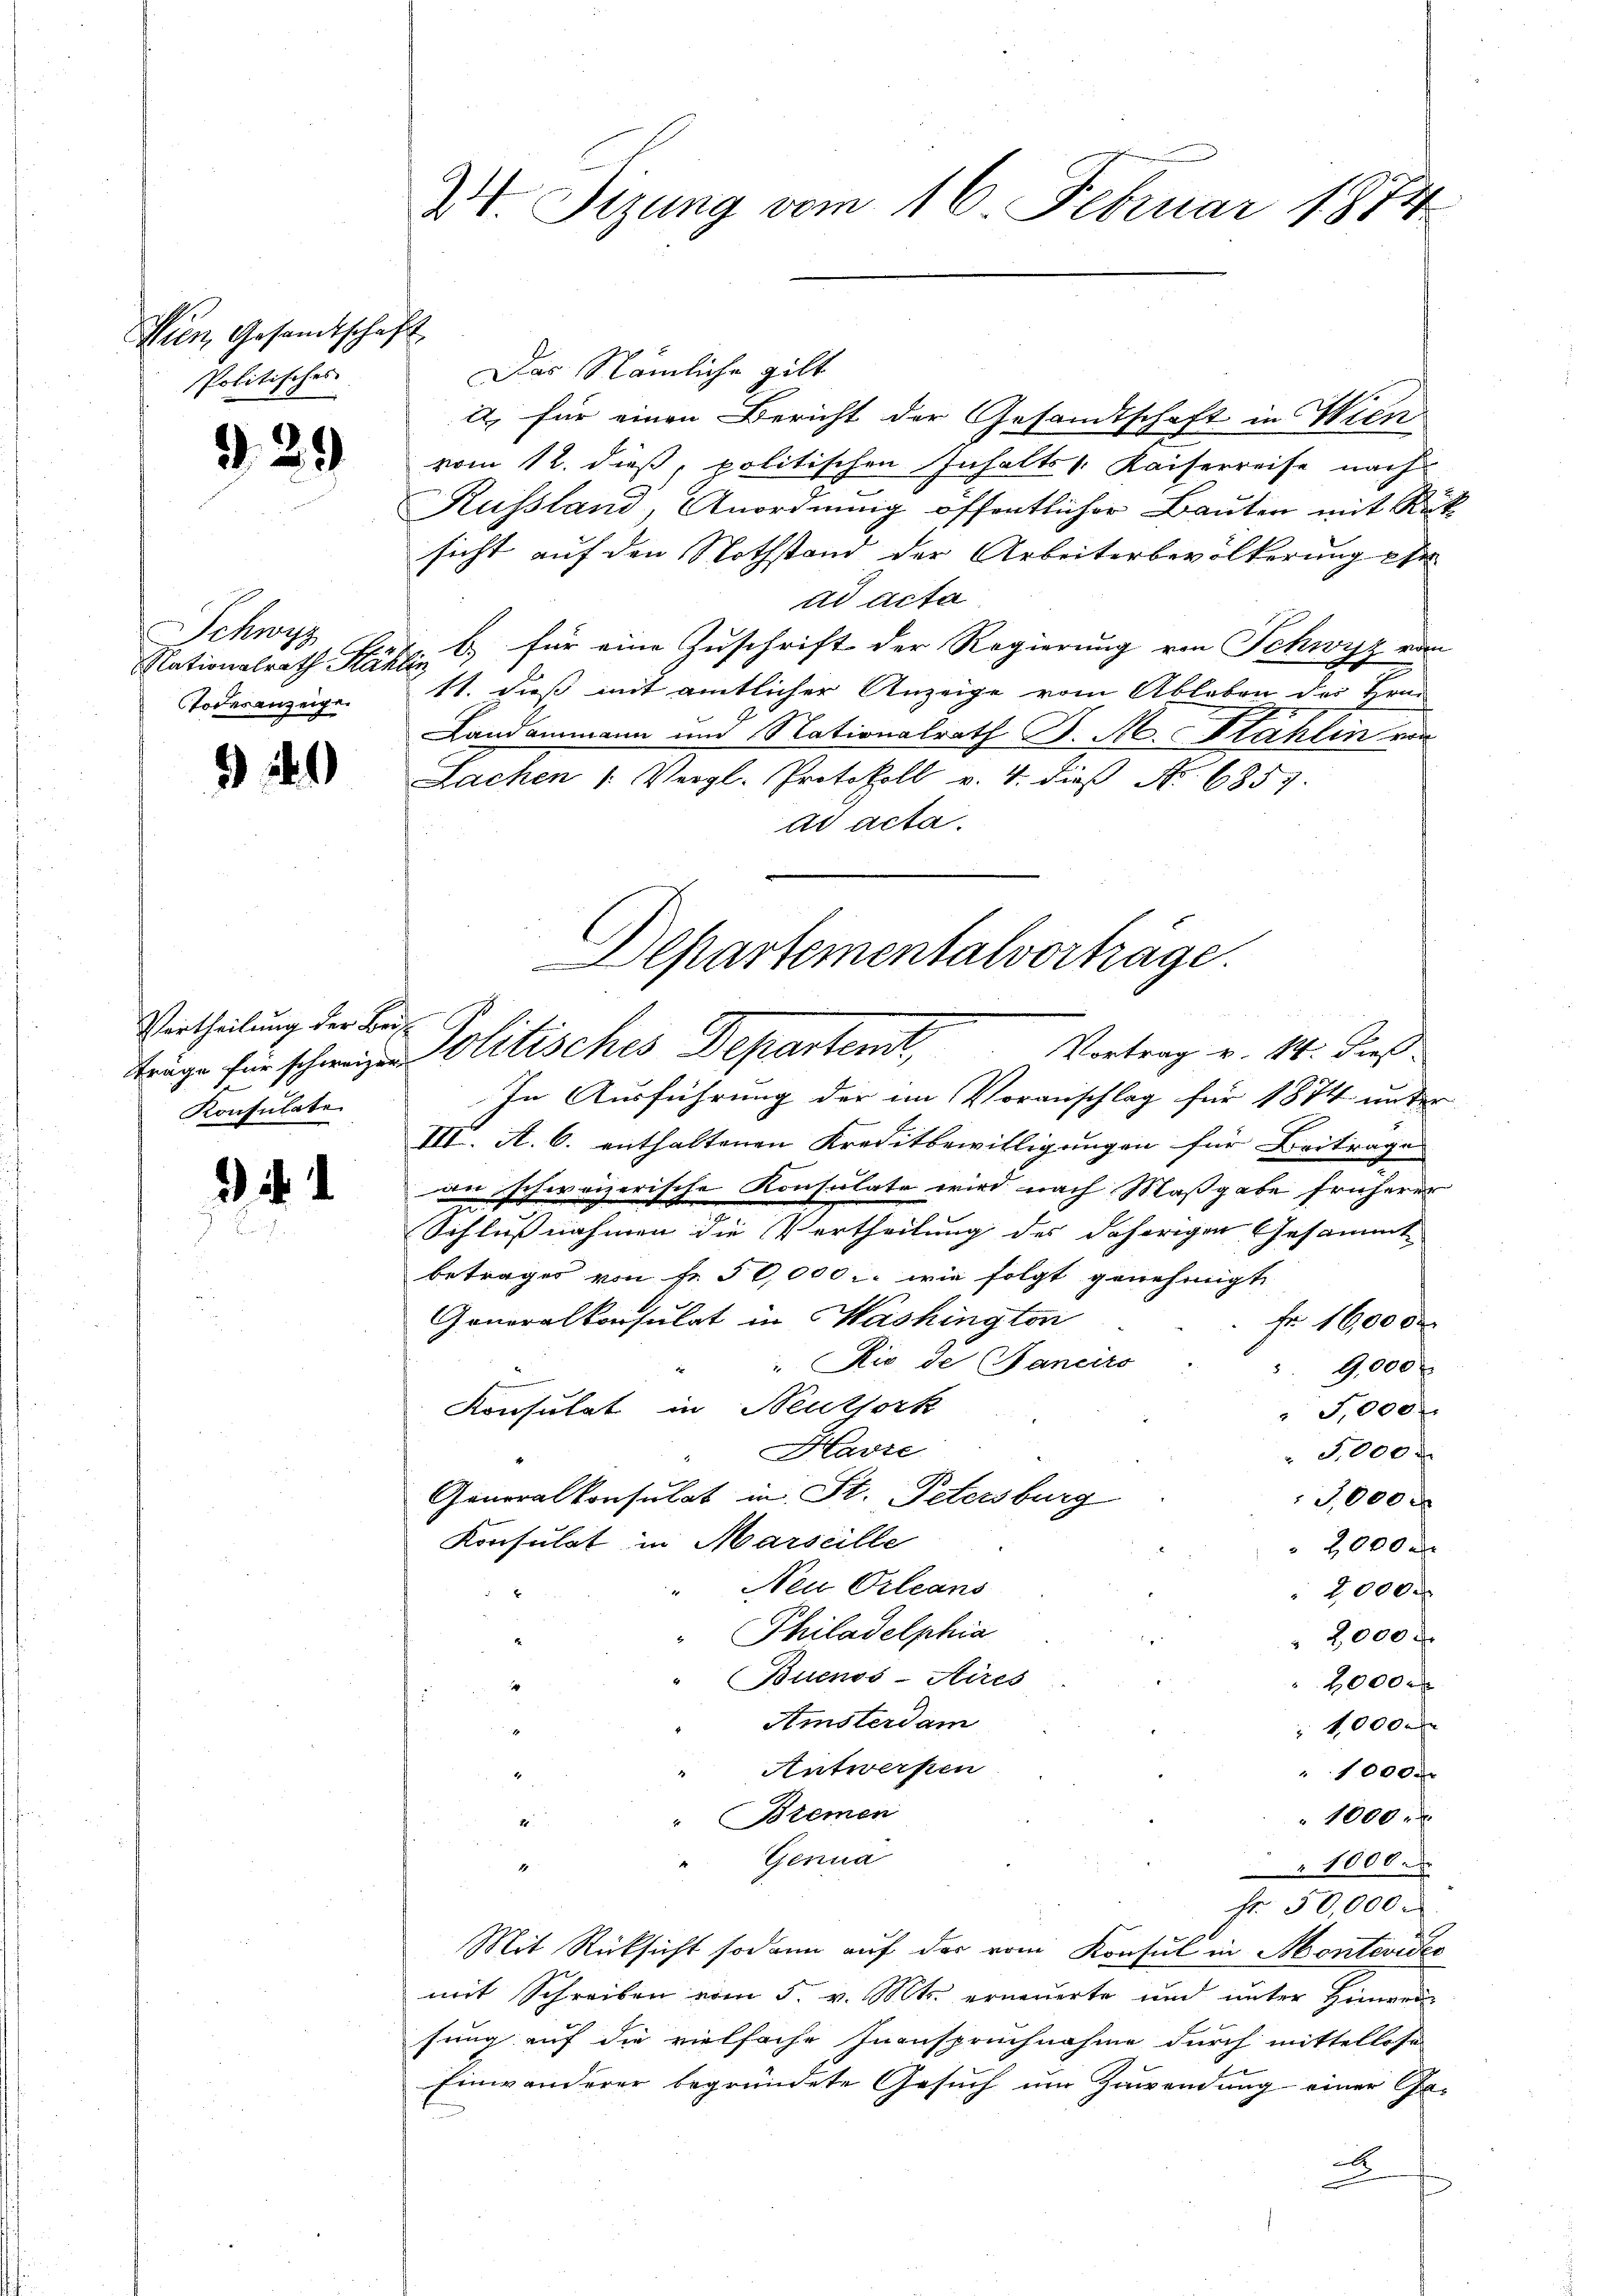
Wien Gesandtschaft
Politisches

2

29

Schwyz
Todesanzeige.

) 111)

Vertheilung der Bei¬
Konsulate

2).

W. Sizung vom 16. Februar 1874

Das Nämliche gilt
it, für einen Bericht der Gesandtschaft in Wien
vom 12. dieß, politischen Inhalts Kaiserreise nach
Kussland, Anordnung öffentlicher Bauten mit Rück
sicht auf den Nothstand der Arbeiterbevölkerung er
ad acta
Nationalrath Kähli, u. für eine Zuschrift der Regierung von Schwyz vom
11. dieß mit amtlicher Anzeige vom Ableben des Hrn.
e
Landammann und Nationalrath J. M. Stahlin von
Sachen 1. Vergl. Protokoll v. 4. dieβ No. 6857.
ad acta.

Departementalvorträge.
Vortrag v. 14. dieß
träge für schweiz. Politisches Departen,

In Ausführung der im Voranschlag für 1874 unter
III. A. 6. enthaltenen Kreditbewilligungen für Beiträge |
an schweizerische Konsulate wird nach Maßgabe früherer
Schlußnahmen die Vertheilung des daherigen Gesammt
betrages von Fr. 50,000.- wie folgt genehmigt
Generalkonsulat in Washington
 Fr. 16,000
"Rio de Janeiro
9,000
Konsulat in Neuthork
5,000
Havre
" 5,000 F
Generalkonsulat in St. Petersburg
5,000 x
Konsulat in Marseille
2000 x
Neu Orleans
2000.
Philadelphia
2,000 f
Buenos-Aires
2000 x
Amsterdam
1,000
Antwerfen
1000 fr
"Bremen
1000
Er
" Genua
1000.
Fr. 50,000.
0
Mit Rücksicht sodann auf der vom Konsul in Montevideo
mit Schreiben vom 5. v. Mts. erneuerte und unter Hinwei
fung auf die vielfache Inanspruchnahme durch mittellose
Einwanderer begründete Gesuch um Zuwendung einer Gex